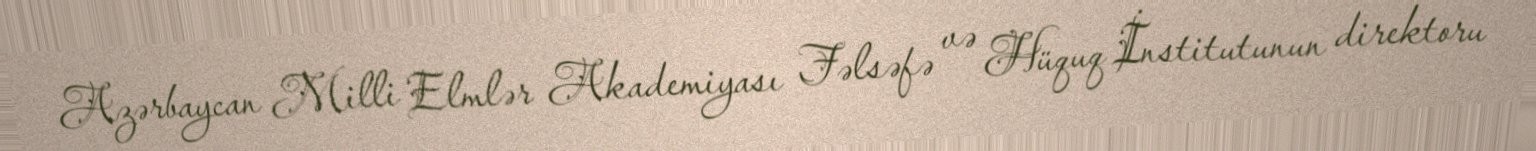
Azərbaycan Milli Elmlər Akademiyası Fəlsəfə və Hüquq İnstitutunun direktoru